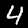
Label: 4